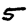
Digit: 5